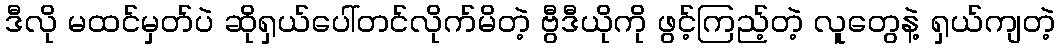
ဒီလို မထင်မှတ်ပဲ ဆိုရှယ်ပေါ်တင်လိုက်မိတဲ့ ဗွီဒီယိုကို ဖွင့်ကြည့်တဲ့ လူတွေနဲ့ ရှယ်ကျတဲ့